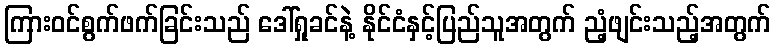
ကြားဝင်စွက်ဖက်ခြင်းသည် ဒေါ်ရှုခင်နဲ့ နိုင်ငံနှင့်ပြည်သူအတွက် ညံ့ဖျင်းသည့်အတွက်